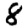
Digit: 8